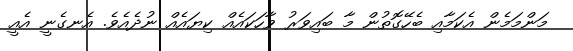
މަންމަމެން އެކަމާއި ބެހޭގޮތުން މާ ބައިވަރު ވާހަކައެއް ކިޔައެއް ނުދެއެވެ. އެނގެނީ އެއީ